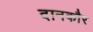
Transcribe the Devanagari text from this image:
दानकौर